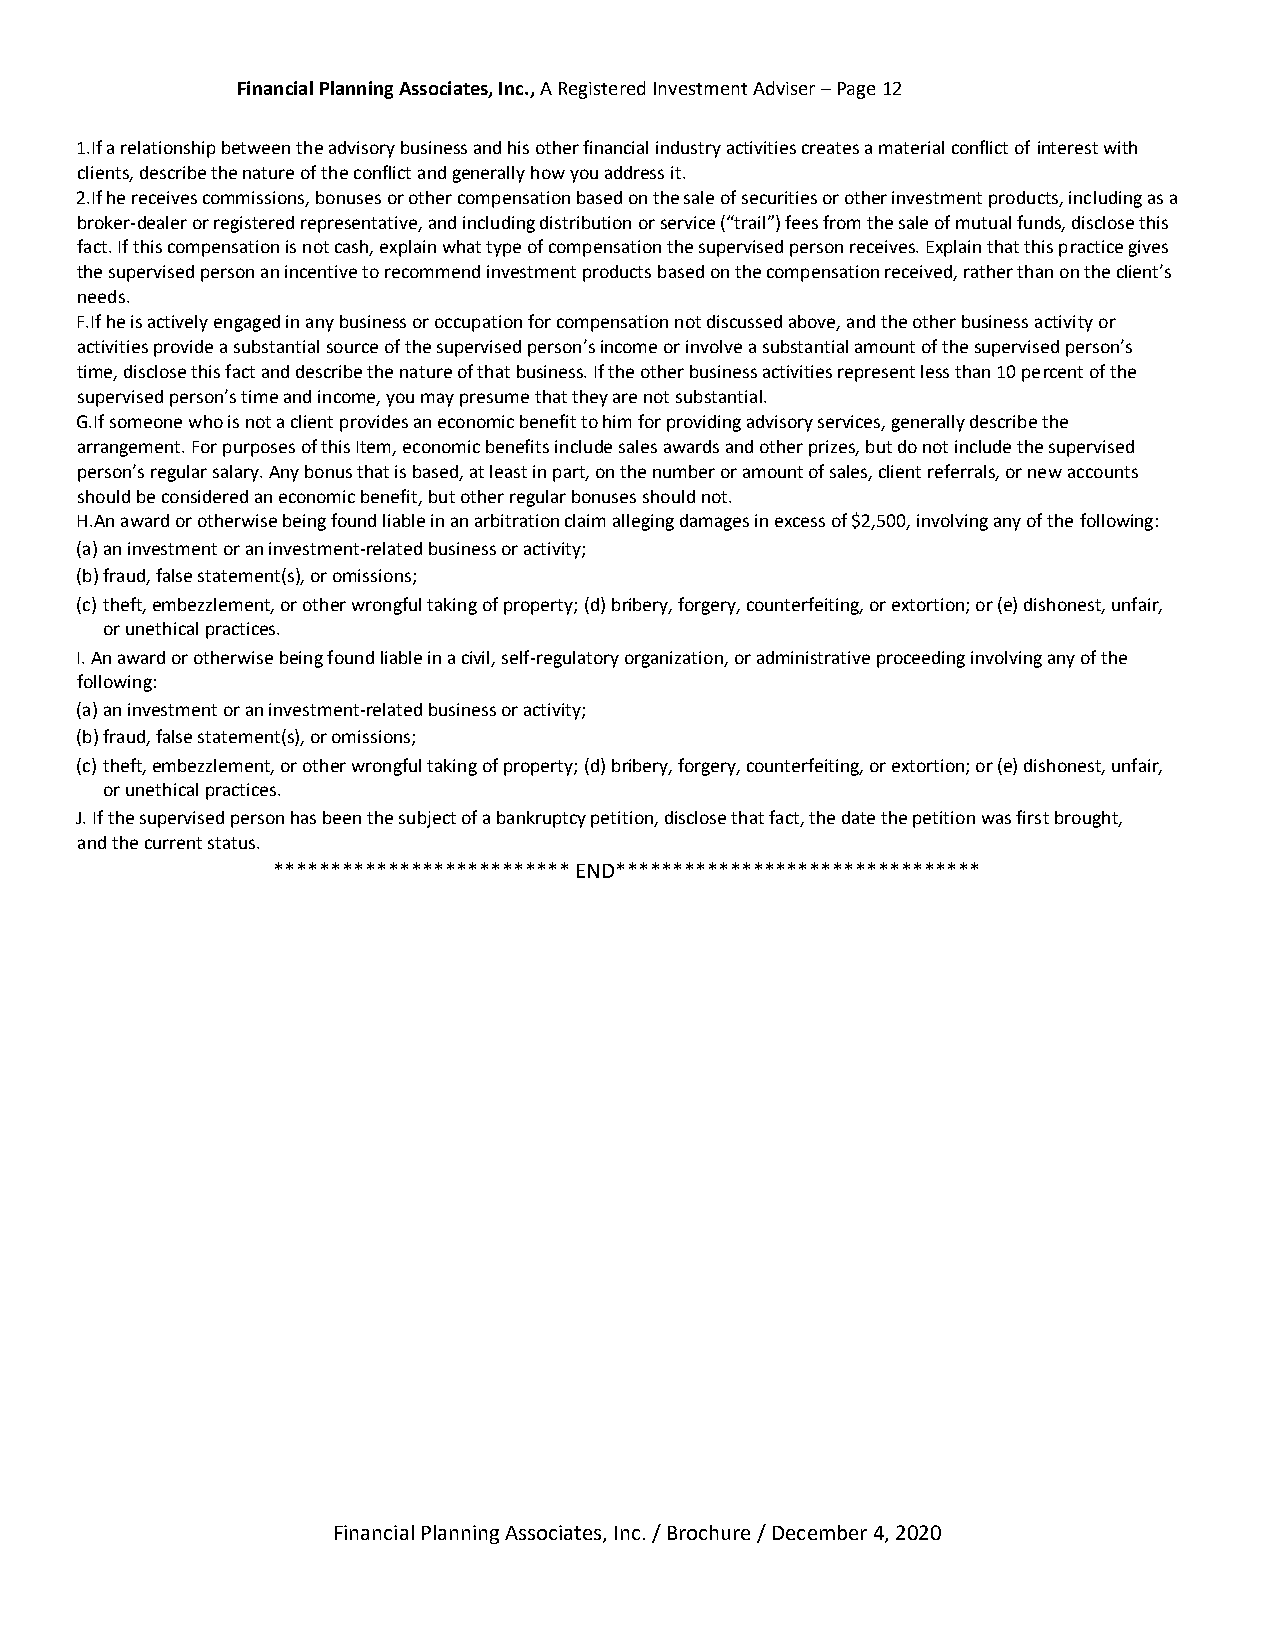
Financial Planning Associates, Inc., A Registered Investment Adviser – Page 12
 1.If a relationship between the advisory business and his other financial industry activities creates a material conflict of interest with
 clients, describe the nature of the conflict and generally how you address it.
 2.If he receives commissions, bonuses or other compensation based on the sale of securities or other investment products, including as a
 broker-dealer or registered representative, and including distribution or service (“trail”) fees from the sale of mutual funds, disclose this
 fact. If this compensation is not cash, explain what type of compensation the supervised person receives. Explain that this practice gives
 the supervised person an incentive to recommend investment products based on the compensation received, rather than on the client’s
 needs.
 F.If he is actively engaged in any business or occupation for compensation not discussed above, and the other business activity or
 activities provide a substantial source of the supervised person’s income or involve a substantial amount of the supervised person’s
 time, disclose this fact and describe the nature of that business. If the other business activities represent less than 10 percent of the
 supervised person’s time and income, you may presume that they are not substantial.
 G.If someone who is not a client provides an economic benefit to him for providing advisory services, generally describe the
 arrangement. For purposes of this Item, economic benefits include sales awards and other prizes, but do not include the supervised
 person’s regular salary. Any bonus that is based, at least in part, on the number or amount of sales, client referrals, or new accounts
 should be considered an economic benefit, but other regular bonuses should not.
 H.An award or otherwise being found liable in an arbitration claim alleging damages in excess of $2,500, involving any of the following:
 (a) an investment or an investment-related business or activity;
 (b) fraud, false statement(s), or omissions;
 (c) theft, embezzlement, or other wrongful taking of property; (d) bribery, forgery, counterfeiting, or extortion; or (e) dishonest, unfair,
 or unethical practices.
 I. An award or otherwise being found liable in a civil, self-regulatory organization, or administrative proceeding involving any of the
 following:
 (a) an investment or an investment-related business or activity;
 (b) fraud, false statement(s), or omissions;
 (c) theft, embezzlement, or other wrongful taking of property; (d) bribery, forgery, counterfeiting, or extortion; or (e) dishonest, unfair,
 or unethical practices.
 J. If the supervised person has been the subject of a bankruptcy petition, disclose that fact, the date the petition was first brought,
 and the current status.
 ************************** END********************************
 Financial Planning Associates, Inc. / Brochure / December 4, 2020